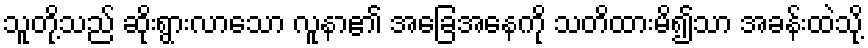
သူတို့သည် ဆိုးရွားလာသော လူနာ၏ အခြေအနေကို သတိထားမိ၍သာ အခန်းထဲသို့